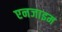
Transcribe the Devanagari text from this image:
एनजाइम